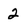
Character: 2